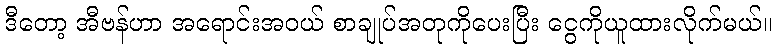
ဒီတော့ အီဗန်ဟာ အရောင်းအဝယ် စာချုပ်အတုကိုပေးပြီး ငွေကိုယူထားလိုက်မယ်။